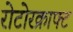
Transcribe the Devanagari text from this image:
रोटोरक्राफ्ट